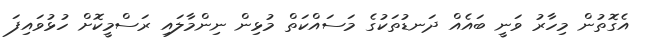
އެގޮތުން މިހާރު ވަނީ ބައެއް ދަނޑުތަކުގެ މަސައްކަތް މުޅިން ނިންމާލައި ރަސްމީކޮށް ހުޅުވައިފަ